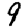
Digit: 9